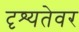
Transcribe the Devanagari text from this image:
दृश्यतेवर